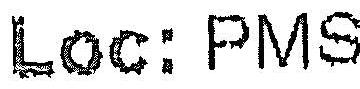
LOC: PMS